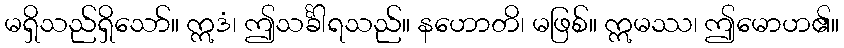
မရှိသည်ရှိသော်။ ဣဒံ၊ ဤသင်္ခါရသည်။ နဟောတိ၊ မဖြစ်။ ဣမဿ၊ ဤမောဟ၏။